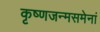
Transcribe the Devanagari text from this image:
कृष्णजन्मसमेनां